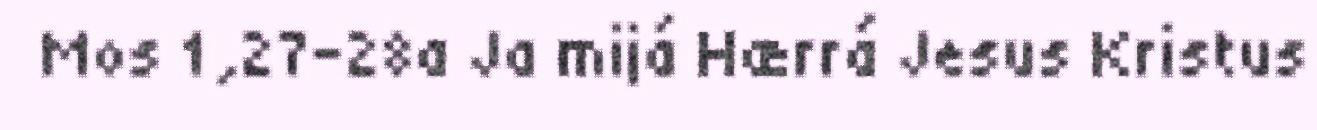
Mos 1,27-28a Ja mijá Hærrá Jesus Kristus